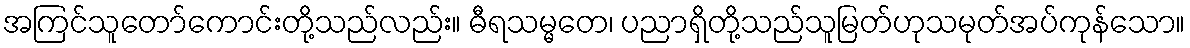
အကြင်သူတော်ကောင်းတို့သည်လည်း။ ဓီရသမ္မတေ၊ ပညာရှိတို့သည်သူမြတ်ဟုသမုတ်အပ်ကုန်သော။